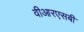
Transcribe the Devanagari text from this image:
वीआरएसबी